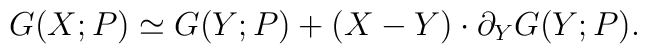
G (X; P) \simeq G (Y; P) + (X - Y) \cdot \partial_Y G (Y; P) .